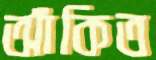
আঁকিত